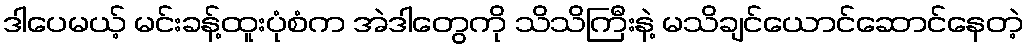
ဒါပေမယ့် မင်းခန့်ထူးပုံစံက အဲဒါတွေကို သိသိကြီးနဲ့ မသိချင်ယောင်ဆောင်နေတဲ့